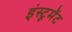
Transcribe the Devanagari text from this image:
इंस्टूमेंट